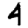
Digit: 4